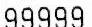
QTY(S) : 5